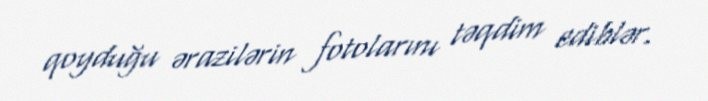
qoyduğu ərazilərin fotolarını təqdim ediblər.